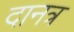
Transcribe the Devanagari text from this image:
दानत्र